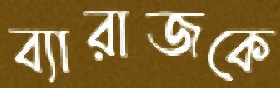
ব্যারাজকে